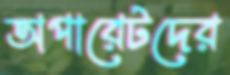
অপারেটদের